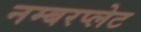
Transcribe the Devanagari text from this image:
नम्बरप्लेट